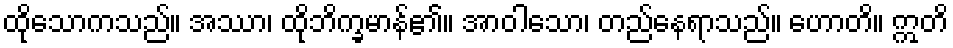
ထိုသောကသည်။ အဿာ၊ ထိုဘိက္ခမာန်၏။ အာဝါသော၊ တည်နေရာသည်။ ဟောတိ။ ဣတိ